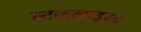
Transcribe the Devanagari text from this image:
स्टाइलाइस्ड